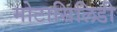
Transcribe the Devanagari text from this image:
मोटासिलिडी